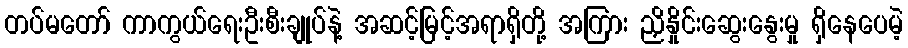
တပ်မတော် ကာကွယ်ရေးဦးစီးချုပ်နဲ့ အဆင့်မြင့်အရာရှိတို့ အကြား ညှိနှိုင်းဆွေးနွေးမှု ရှိနေပေမဲ့